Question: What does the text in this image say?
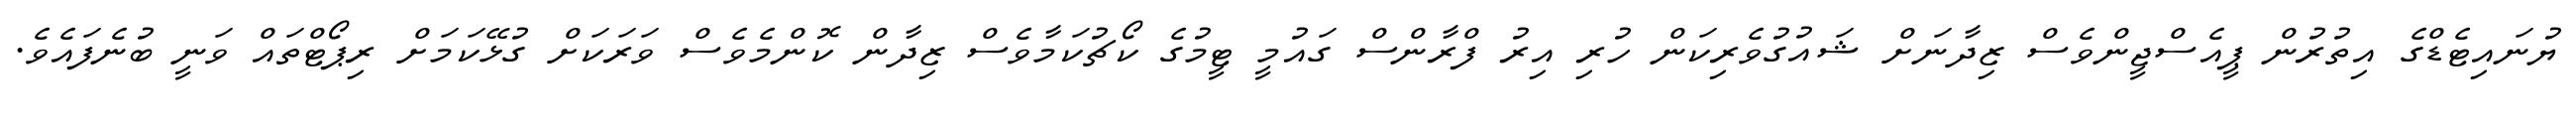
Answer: ޔުނައިޓެޑްގެ އިތުރުން ޕީއެސްޖީންވެސް ޒިދާނަށް ޝައުގުވެރިކަން ހުރި އިރު ފްރާންސް ގައުމީ ޓީމުގެ ކޯޗުކަމާވެސް ޒިދާން ކޮންމެވެސް ވަރަކަށް ގުޅޭކަމަށް ރިޕޯޓްތައް ވަނީ ބުނެފައެވެ.